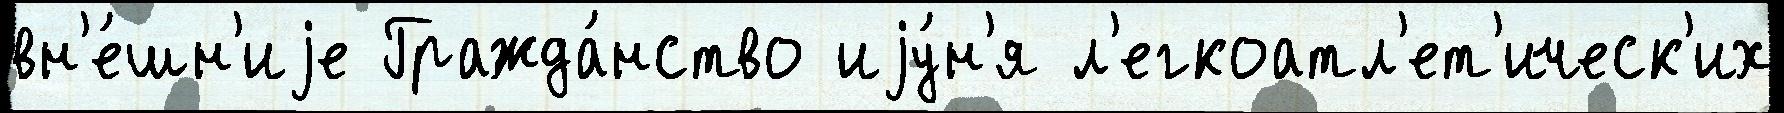
вн'е́шн'иjе Гражда́нство иjу́н'я л'егкоатл'ет'ическ'их